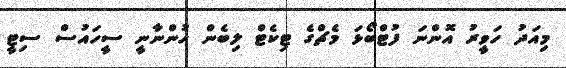
މިއަދު ހަވީރު އޮންނަ ފުޓްބޯޅަ މެޗްގެ ޓިކެޓް ލިބެން ހުންނާނީ ސީހައުސް ސިޓީ